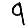
Digit: 9